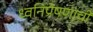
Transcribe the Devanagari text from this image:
ध्वनिप्रेषणाची